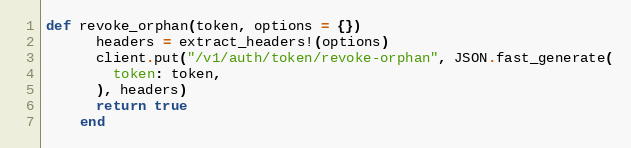
Language: Ruby
def revoke_orphan(token, options = {})
      headers = extract_headers!(options)
      client.put("/v1/auth/token/revoke-orphan", JSON.fast_generate(
        token: token,
      ), headers)
      return true
    end